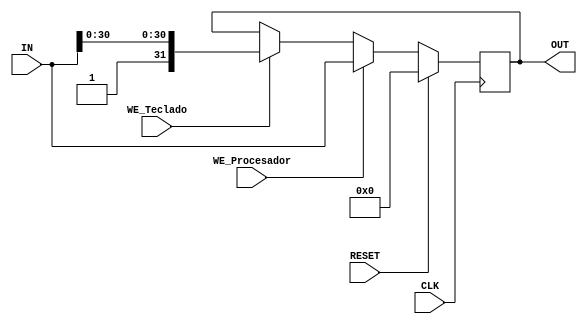
module RegistroTeclado(
    input WE_Procesador, WE_Teclado, CLK, RESET,
    input [31:0] IN,
    output [31:0] OUT
);
reg [31:0] OUT_0;
always @(posedge CLK)begin
    if(RESET) OUT_0<= 32'b0;
    else begin
        if(WE_Procesador) OUT_0 <= IN;
        else begin 
            if(WE_Teclado) OUT_0 <= {1'b1,IN[30:0]};
            else OUT_0 <= OUT_0;
        end    
    end
end
assign OUT=OUT_0;
endmodule